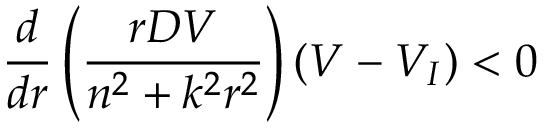
\frac { d } { d r } \left( \frac { r D V } { n ^ { 2 } + k ^ { 2 } r ^ { 2 } } \right) ( V - V _ { I } ) < 0